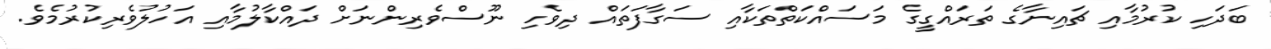
ބަދަހި ކުރުމާއި ޗައިނާގެ ތަރައްގީގެ މަސައްކަތްތަކާއި ސަގާފަތައް ދިވެހި ނޫސްވެރިންނަށް ދައްކާލުމާއި އަހުލުވެރިކުރުމެވެ.